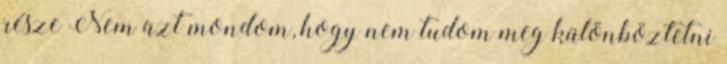
része Nem azt mondom, hogy nem tudom meg különböztetni